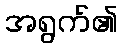
အရွက်၏